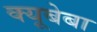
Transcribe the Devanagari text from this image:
क्यूबेबा